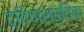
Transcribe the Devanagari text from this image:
द्विपाश्र्विक